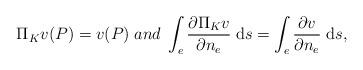
LaTeX: \begin{align*} \Pi_K v(P)=v(P)\; and\;\int_e \frac{\partial \Pi_K v}{\partial n_e}\;\mathrm{d}s=\int_e \frac{\partial v}{\partial n_e}\;\mathrm{d}s, \end{align*}